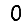
Digit: 0